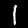
Label: 1